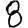
Digit: 8